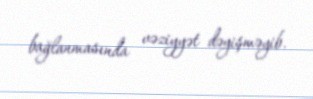
bağlanmasında vəziyyət dəyişməyib.